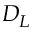
D _ { L }